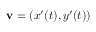
\mathbf { v } = ( x ^ { \prime } ( t ) , y ^ { \prime } ( t ) )